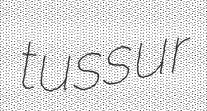
tussur